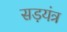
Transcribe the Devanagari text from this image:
सड़यंत्र